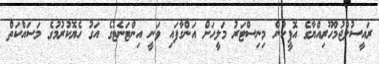
ރައީސުލްޖުމްހޫރިއްޔާގެ އޮފީހުން މިނިސްޓަރު މަލީހަށް އަންގާފައި ވަނީ އިންޓަނެޓުގެ އަގު ހެޔޮކުރުމުގެ މަސައްކަތް